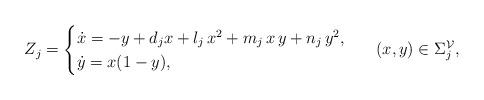
LaTeX: \begin{align*}Z_j=\begin{cases}\dot{x}=-y+d_j x + l_j\,x^2+m_j\,x\,y+n_j\,y^2,\\\dot{y}= x(1-y),\end{cases} \ \ (x,y)\in \Sigma^{\mathcal{V}}_j,\end{align*}